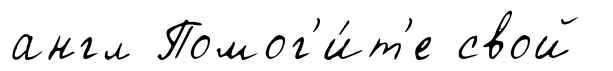
англ Помог'и́т'е свой